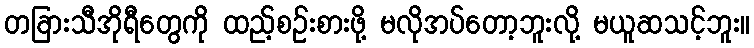
တခြားသီအိုရီတွေကို ထည့်စဉ်းစားဖို့ မလိုအပ်တော့ဘူးလို့ မယူဆသင့်ဘူး။